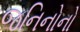
જનિનોનો